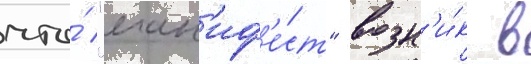
что́ "ман'иф'е́ст" возн'и́к в